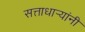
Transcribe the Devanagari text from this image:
सत्ताधार्‍यांनी